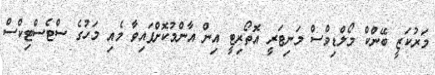
މަރުކަޒީ ބޭންކް މޯލްޑިވްސް މަނިޓަރީ އޮތޯރިޓީ އިން އާންމުކޮށްފައިވާ މެއި މަހުގެ ސްޓެސްޓިކްސް